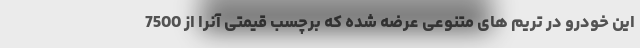
این خودرو در تریم های متنوعی عرضه شده که برچسب قیمتی آنرا از 7500